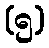
(၅)